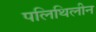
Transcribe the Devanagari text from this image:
पलिथिलीन